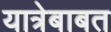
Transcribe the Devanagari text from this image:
यात्रेबाबत